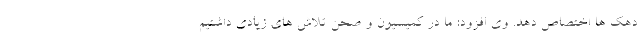
دهک ها اختصاص دهد. وی افزود: ما در کمیسیون و صحن تلاش های زیادی داشتیم